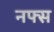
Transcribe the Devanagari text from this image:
नफ्स